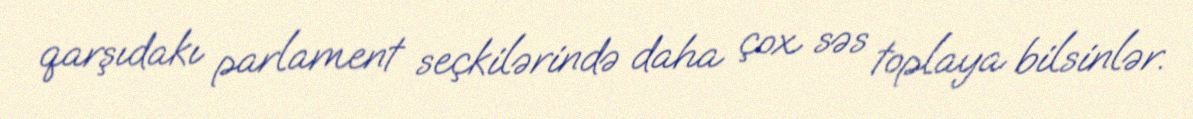
qarşıdakı parlament seçkilərində daha çox səs toplaya bilsinlər.